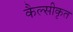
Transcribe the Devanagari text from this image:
कैल्सीकृत